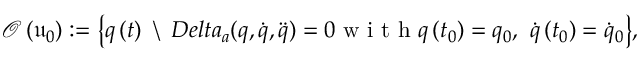
\mathcal { O } \left( \mathfrak { u } _ { 0 } \right) : = \big \{ q \left( t \right) \ \backslash \ \, D e l t a _ { a } ( q , \dot { q } , \ddot { q } ) = 0 \mathrm { ~ w ~ i ~ t ~ h ~ } q \left( t _ { 0 } \right) = q _ { 0 } , \ \dot { q } \left( t _ { 0 } \right) = \dot { q } _ { 0 } \big \} ,